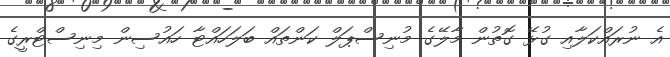
އެ ނުރައްކަލާއި ގުޅޭ ގޮތުން މާލޭގެ މުނިސްޕަލް ކަންތައް ބަލަހައްޓާ ހައުސިން މިނިސްޓްރީގެ